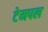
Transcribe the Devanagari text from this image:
टेमपल